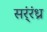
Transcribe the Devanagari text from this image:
सर्ंरंध्र